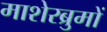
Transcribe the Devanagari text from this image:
माशेरब्रुमों